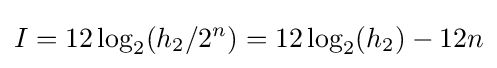
I=12\log _{2}(h_{2}/2^{n})=12\log _{2}(h_{2})-12n